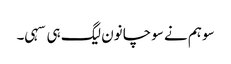
سو ہم نے سوچا نون لیگ ہی سہی۔